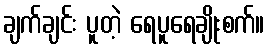
ချက်ချင်း ပူတဲ့ ရေပူရေချိုးစက်။